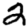
Digit: 2